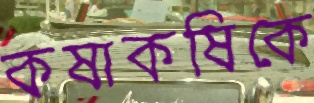
কষাকষিকে